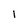
Character: 1